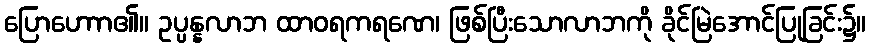
ပြောဟောာ၏။ ဥပ္ပန္နလာဘ ထာဝရကရဏေ၊ ဖြစ်ပြီးသောလာဘကို ခိုင်မြဲအောင်ပြုခြင်း၌။